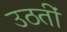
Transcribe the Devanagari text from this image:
उठतीं